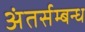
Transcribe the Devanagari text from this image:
अंतर्सम्बन्ध